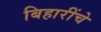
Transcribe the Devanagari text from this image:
बिहारींचे